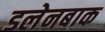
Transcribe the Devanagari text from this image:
डलेनबाक